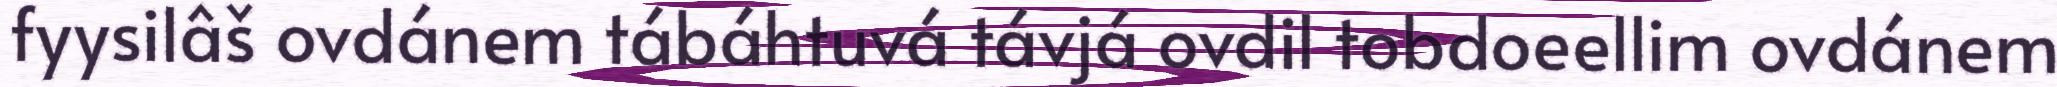
fyysilâš ovdánem tábáhtuvá távjá ovdil tobdoeellim ovdánem